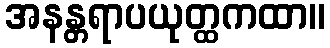
အနန္တရာပယုတ္ထကထာ။